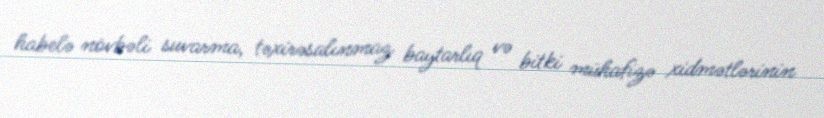
habelə növbəli suvarma, təxirəsalınmaz baytarlıq və bitki mühafizə xidmətlərinin